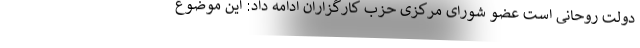
دولت روحانی است عضو شورای مرکزی حزب کارگزاران ادامه داد: این موضوع